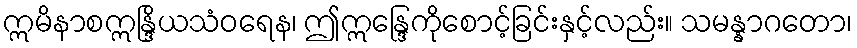
ဣမိနာစဣန္ဒြိယသံဝရေန၊ ဤဣန္ဒြေကိုစောင့်ခြင်းနှင့်လည်း။ သမန္နာဂတော၊